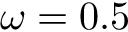
\omega = 0 . 5